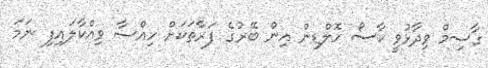
ގާސިމް ވިދާޅުވީ ކާސޯ ހޮލްޑިން އިން ބޭރުގެ ފަރާތަކަށް ހިއްސާ ވިއްކާލައިފި ނަމަ